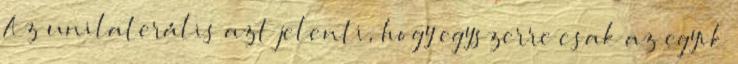
Az unilaterális azt jelenti, hogy egyszerre csak az egyik